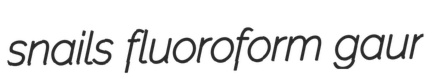
snails fluoroform gaur